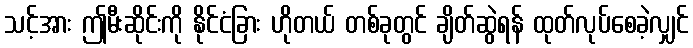
သင့်အား ဤမီးဆိုင်းကို နိုင်ငံခြား ဟိုတယ် တစ်ခုတွင် ချိတ်ဆွဲရန် ထုတ်လုပ်စေခဲ့လျှင်